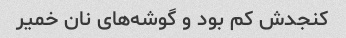
کنجدش کم بود و گوشه‌های نان خمیر